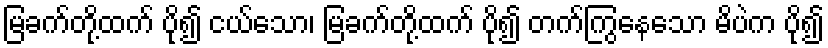
မြခက်တို့ထက် ပို၍ ငယ်သော၊ မြခက်တို့ထက် ပို၍ တက်ကြွနေသော မိပဲက ပို၍